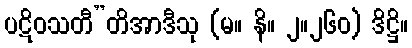
ပဋိဝသတီ”တိအာဒီသု (မ။ နိ။ ၂။၂၆၀) ဒိဋ္ဌိ။